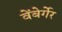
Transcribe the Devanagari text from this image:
वेंबेर्गेर